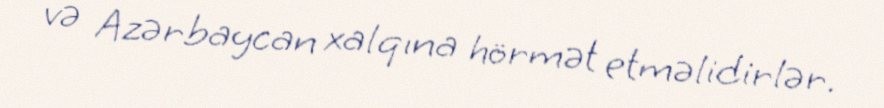
və Azərbaycan xalqına hörmət etməlidirlər.